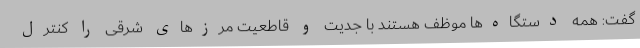
گفت: همه دستگاه‌ها موظف هستند با جدیت و قاطعیت مرزهای شرقی را کنترل